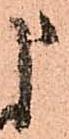
申